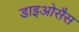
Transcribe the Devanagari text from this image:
डाइओसैस